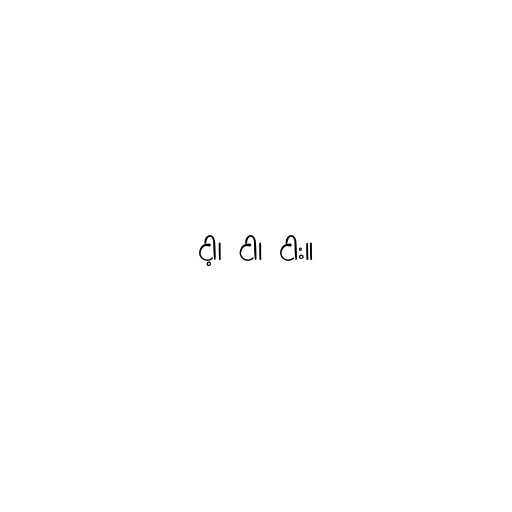
ငါ့၊ ငါ၊ ငါး။